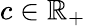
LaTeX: c\in\mathbb{R}_{+}